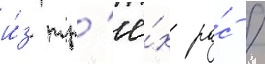
и́з тр'ё́х ра́с /